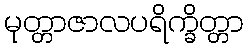
မုတ္တာဇာလပရိက္ခိတ္တာ